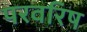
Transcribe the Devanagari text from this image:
परवरिष